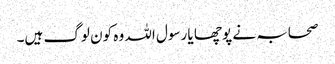
صحابہ نے پوچھا یا رسول اللہ وہ کون لوگ ہیں۔